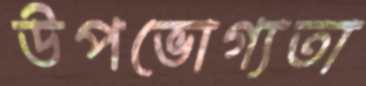
উপভোগ্যতা